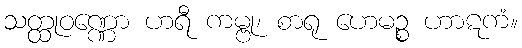
သတ္ထုဝဏ္ဏော ဟရီ ကမ္ဗု၊ စာရု ဟေမဉ္စ ဟာဋကံ။